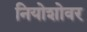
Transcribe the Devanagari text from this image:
नियोशोवर